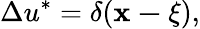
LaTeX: \Delta u^{*}=\delta(\mathbf{x-{\mathbf\xi}}),